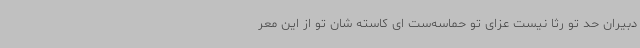
دبیران حد تو رثا نیست عزای تو حماسه‌ست ای کاسته شان تو از این معر